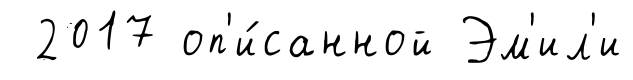
2017 оп'и́санной Эм'ил'и